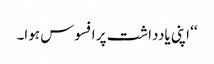
‘‘ اپنی یادداشت پر افسوس ہوا۔